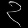
Digit: ၃